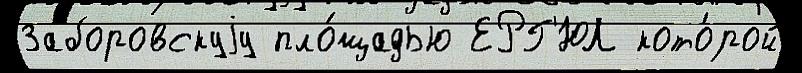
Заборовскуjу пло́щадью ЕРГ'ЮЛ кото́рой